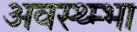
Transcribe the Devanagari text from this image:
अवस्थ्म्भा